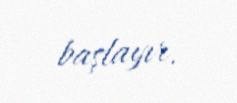
başlayır.